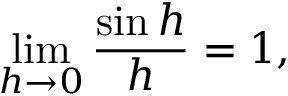
\operatorname* { l i m } _ { h \rightarrow 0 } { \frac { \sin h } { h } } = 1 ,